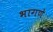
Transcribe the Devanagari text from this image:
भागणे